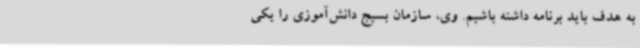
به هدف باید برنامه داشته باشیم. وی، سازمان بسیج دانش‌آموزی را یکی